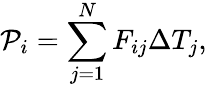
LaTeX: \mathcal{P}_{i}=\sum_{j=1}^{N}F_{ij}\Delta T_{j},